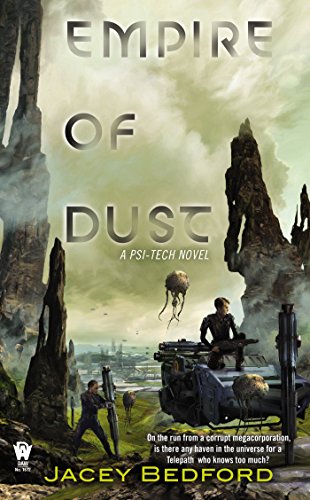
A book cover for Empire of Dust: A Psi-Tech Novel; Jacey Bedford; Science Fiction & Fantasy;